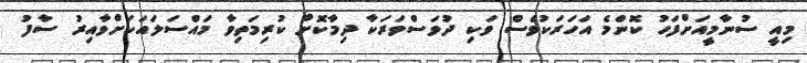
މިއީ ސުނާމީއަށްފަހު ކޮންމެ އަހަރަކުވެސް ވަކި ދުވަސްވަރަކާ ދިމާކޮށް ކުރިމަތިވާ މައްސަލައަކަށްވާއިރު ސާފު